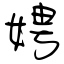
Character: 娉